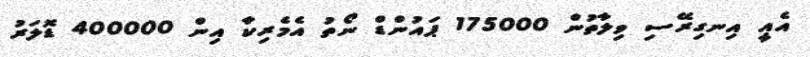
އެއީ އިނގިރޭސި ވިލާތުން 175000 ޕައުންޑް ނޯތު އެމެރިކާ އިން 400000 ޑޮލަރު